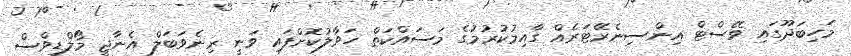
މަހިބަދޫގައި ވޭސްޓް އިންސިނެރޭޓަރެއް ގާއިމުކުރުމުގެ މަސައްކަތް ހަވާލުކޮށްފައި ވަނީ ރިނެވަބަލް އެނާޖީ މޯލްޑިވްސް